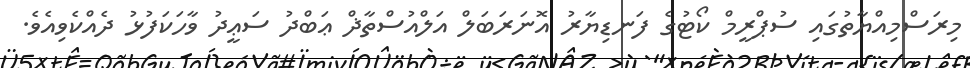
މިރަސްމިއްޔާތުގައި ސުޕްރީމް ކޯޓުގެ ފަނޑިޔާރު އޮނަރަބަލް އަލްއުސްތާޛް ޢަބްދު ސަޢީދު ވާހަކަފުޅު ދެއްކެވިއެވެ.